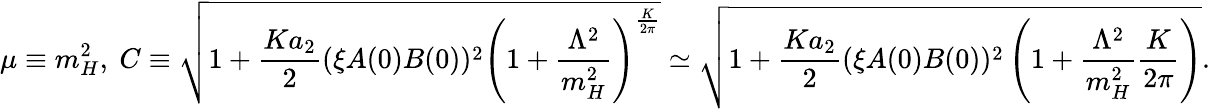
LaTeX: \mu\equiv m_{H}^{2},~C\equiv\sqrt{1+\frac{Ka_{2}}{2}(\xi A(0)B(0))^{2}\left(1+\frac{\Lambda^{2}}{m_{H}^{2}}\right)^{\frac{K}{2\pi}}}\simeq\sqrt{1+\frac{Ka_{2}}{2}(\xi A(0)B(0))^{2}\left(1+\frac{\Lambda^{2}}{m_{H}^{2}}\frac{K}{2\pi}\right)}.